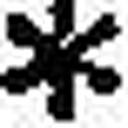
*